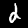
Digit: 2